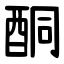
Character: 酮